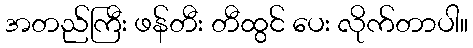
အတည်ကြီး ဖန်တီး တီထွင် ပေး လိုက်တာပါ။